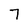
Character: 7